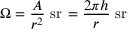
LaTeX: \Omega = { \frac { A } { r ^ { 2 } } } \ { \mathrm { s r } } \, = { \frac { 2 \pi h } { r } } \ { \mathrm { s r } }